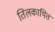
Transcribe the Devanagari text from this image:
तिलकायित